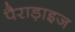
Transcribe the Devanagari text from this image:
पैराड़ाइज